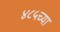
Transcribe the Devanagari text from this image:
४८५च्या